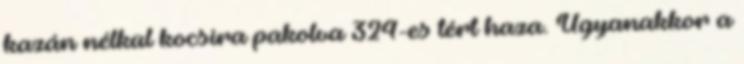
kazán nélkül kocsira pakolva 324-es tért haza. Ugyanakkor a